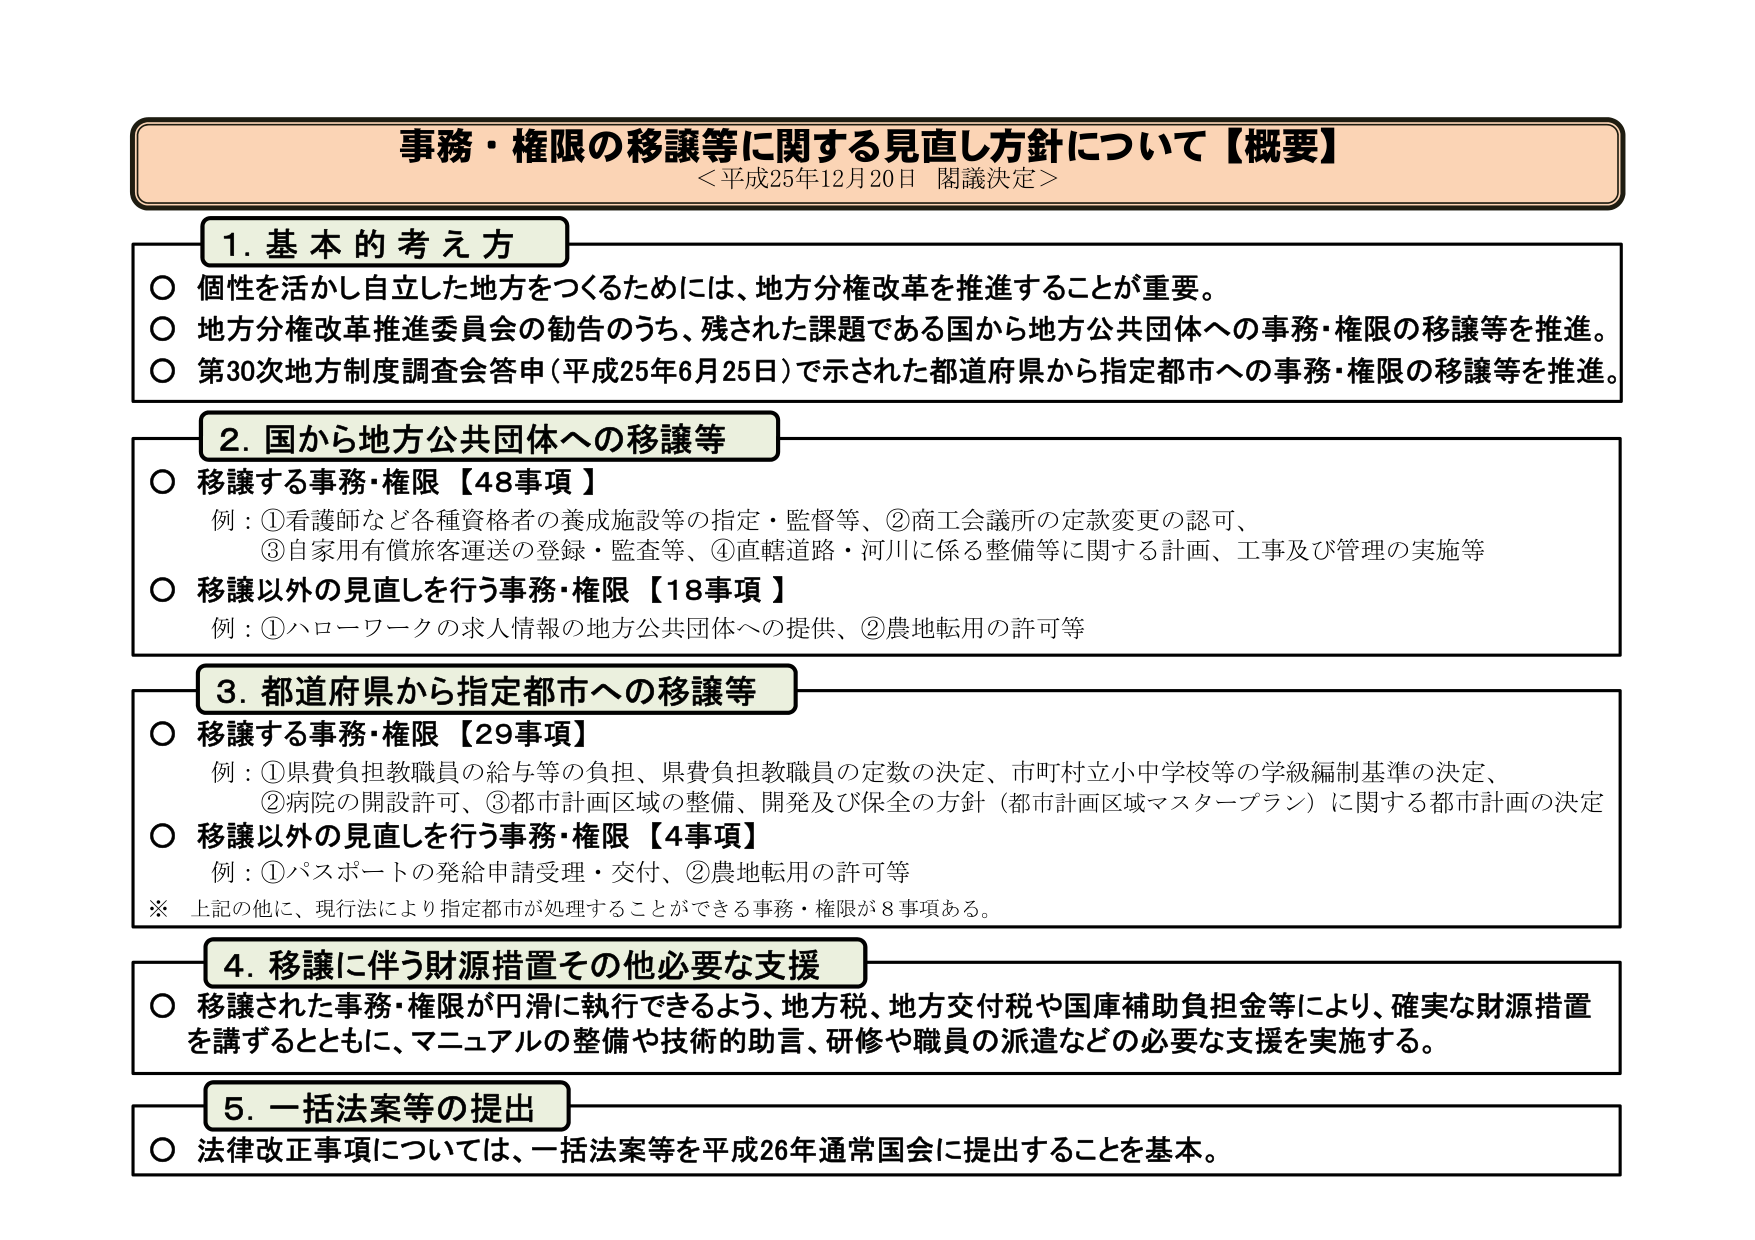
事務・権限の移譲等に関する見直し方針について【概要】
＜平成25年12月20日 閣議決定＞

1. 基本的考え方
○ 個性を活かし自立した地方をつくるためには、地方分権改革を推進することが重要。
○ 地方分権改革推進委員会の勧告のうち、残された課題である国から地方公共団体への事務・権限の移譲等を推進。
○ 第30次地方制度調査会答申（平成25年6月25日）で示された都道府県から指定都市への事務・権限の移譲等を推進。

2. 国から地方公共団体への移譲等
○ 移譲する事務・権限【48事項】
　例：①看護師など各種資格者の養成施設等の指定・監督等、②商工会議所の定款変更の認可、
　　③自家用有償旅客運送の登録・監査等、④直轄道路・河川に係る整備等に関する計画、工事及び管理の実施等
○ 移譲以外の見直しを行う事務・権限【18事項】
　例：①ハローワークの求人情報の地方公共団体への提供、②農地転用の許可等

3. 都道府県から指定都市への移譲等
○ 移譲する事務・権限【29事項】
　例：①県費負担教職員の給与等の負担、県費負担教職員の定数の決定、市町村立小中学校等の学級編制基準の決定、
　　②病院の開設許可、③都市計画区域の整備、開発及び保全の方針（都市計画区域マスタープラン）に関する都市計画の決定
○ 移譲以外の見直しを行う事務・権限【4事項】
　例：①パスポートの発給申請受理・交付、②農地転用の許可等
※ 上記の他に、現行法により指定都市が処理することができる事務・権限が8事項ある。

4. 移譲に伴う財源措置その他必要な支援
○ 移譲された事務・権限が円滑に執行できるよう、地方税、地方交付税や国庫補助負担金等により、確実な財源措置を講ずるとともに、マニュアルの整備や技術的助言、研修や職員の派遣などの必要な支援を実施する。

5. 一括法案等の提出
○ 法律改正事項については、一括法案等を平成26年通常国会に提出することを基本。